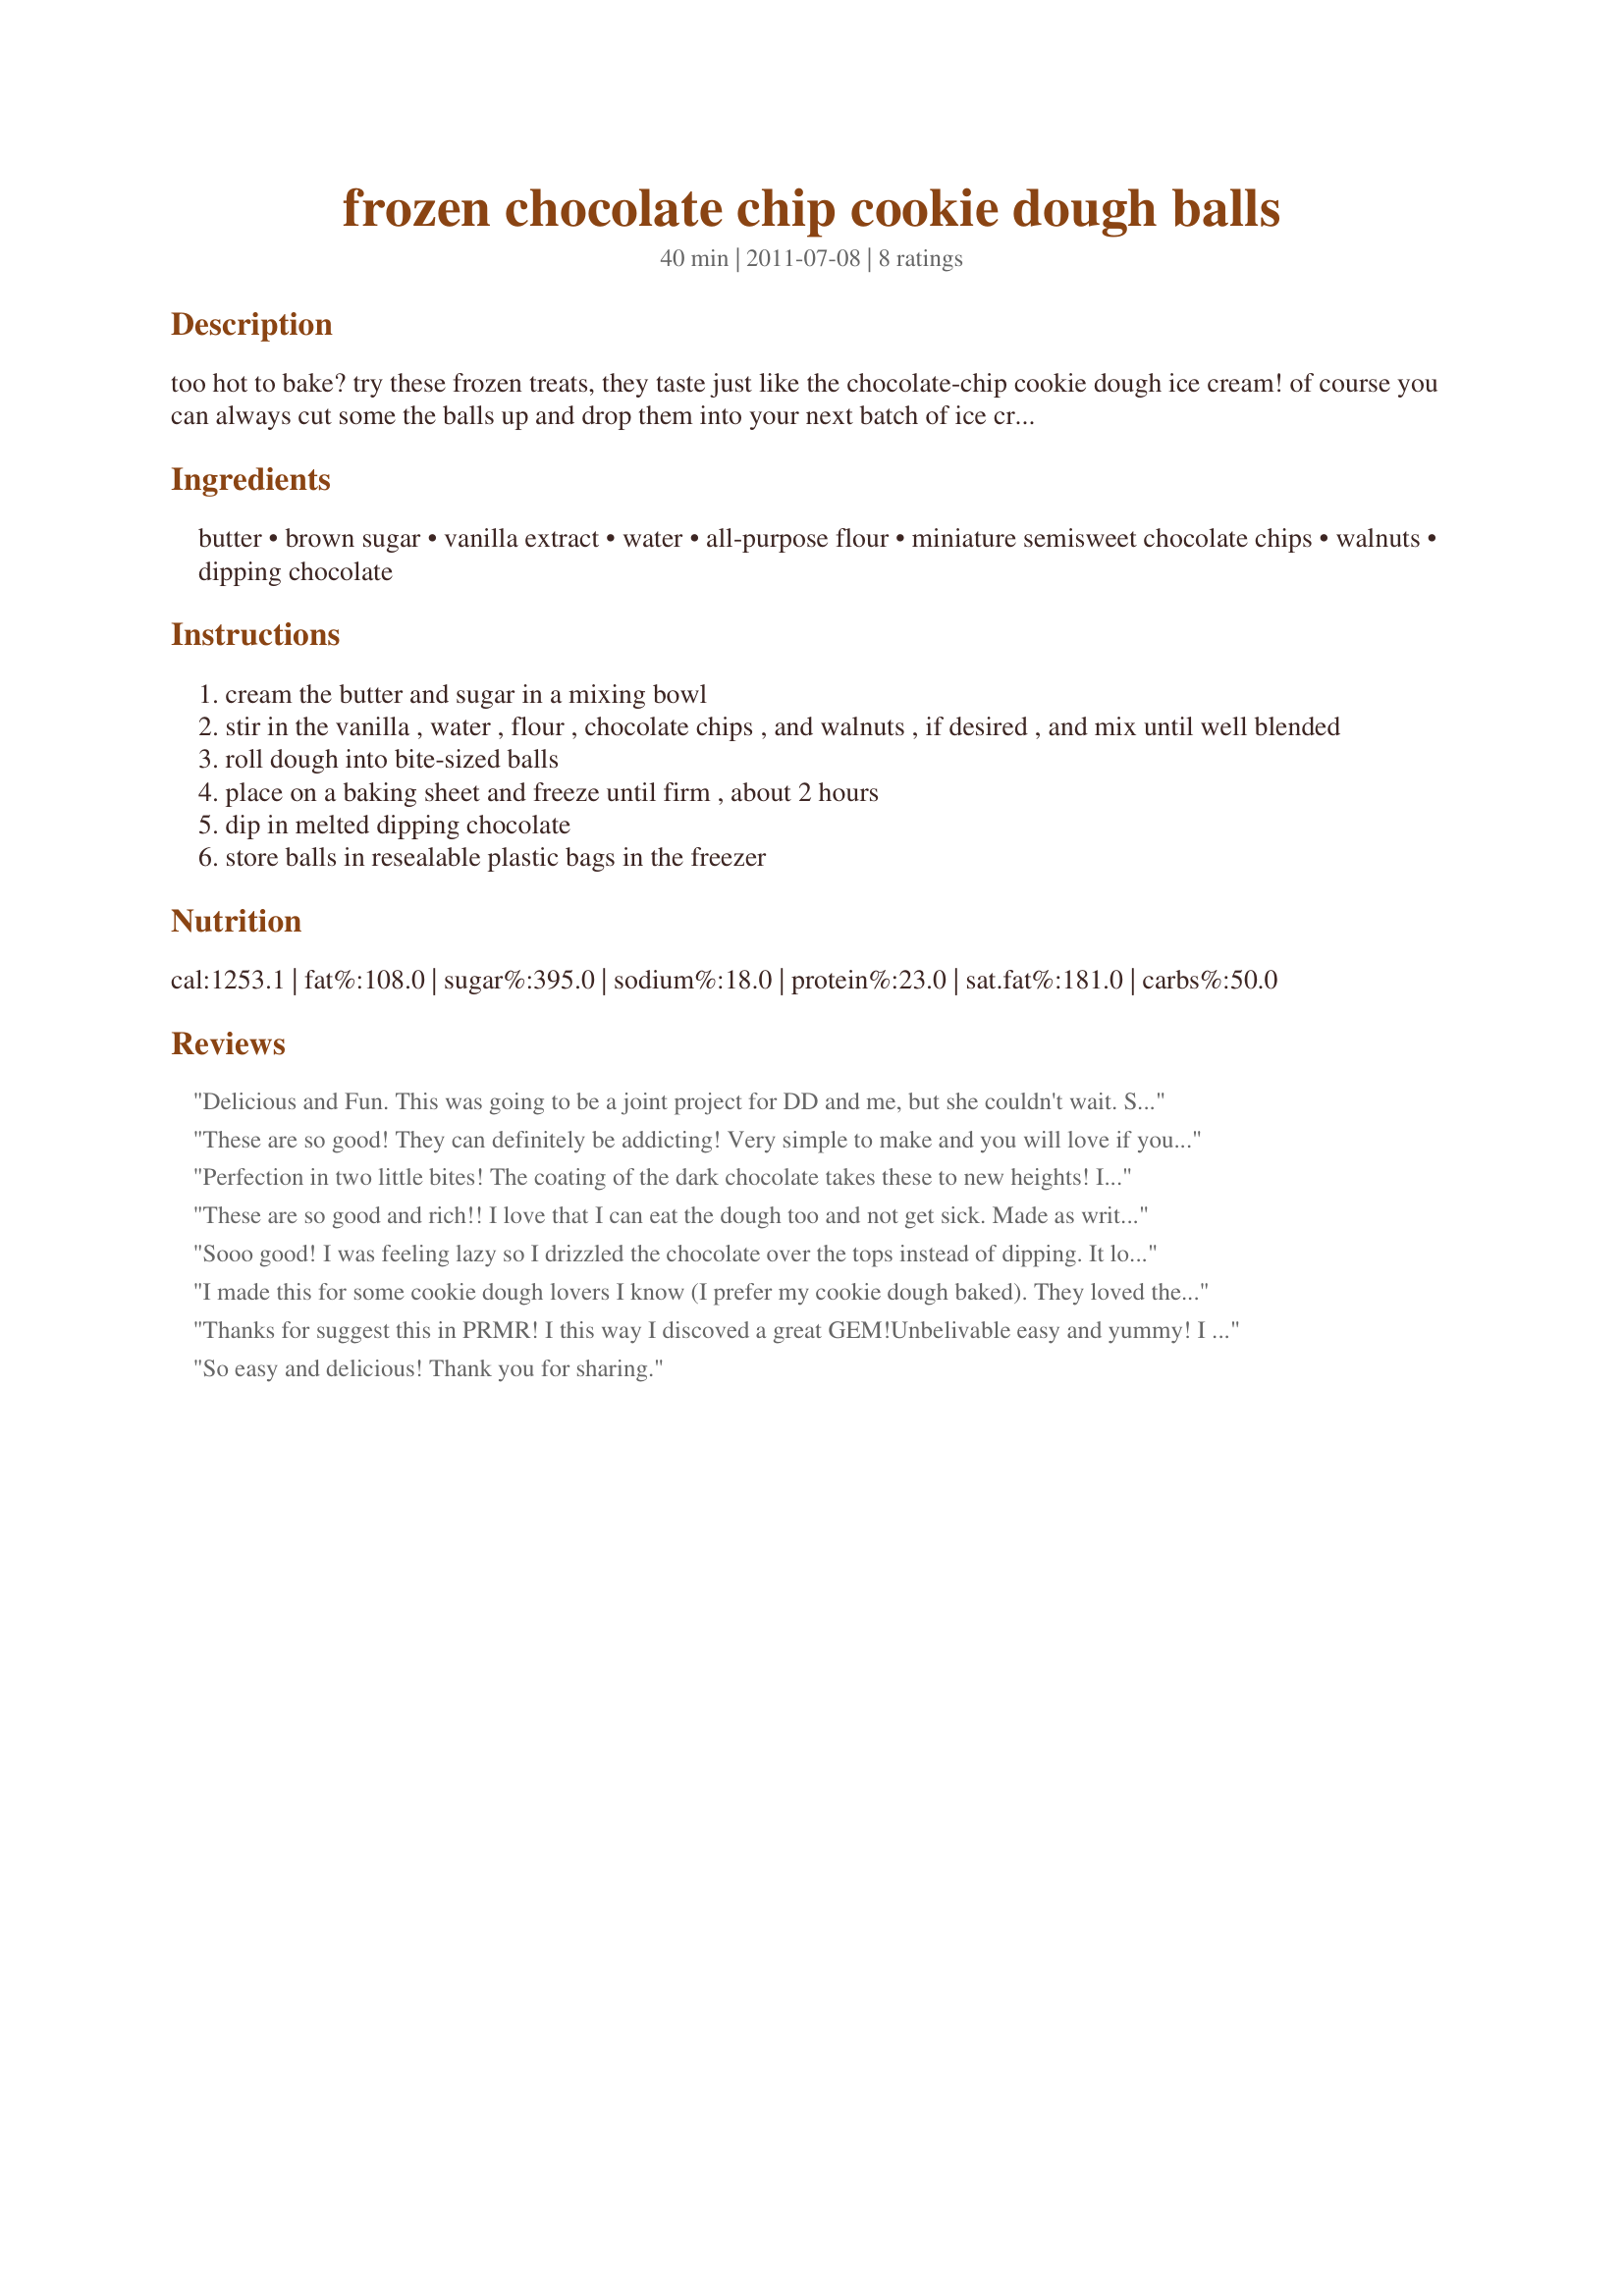
frozen chocolate chip cookie dough balls
Preparation time: 40 minutes

too hot to bake? try these frozen treats, they taste just like the chocolate-chip cookie dough ice cream! of course you can always cut some the balls up and drop them into your next batch of ice cream....double yum.

Ingredients:
butter, brown sugar, vanilla extract, water, all-purpose flour, miniature semisweet chocolate chips, walnuts, dipping chocolate

Steps:
cream the butter and sugar in a mixing bowl
stir in the vanilla , water , flour , chocolate chips , and walnuts , if desired , and mix until well blended
roll dough into bite-sized balls
place on a baking sheet and freeze until firm , about 2 hours
dip in melted dipping chocolate
store balls in resealable plastic bags in the freezer

Reviews:
Delicious and Fun. This was going to be a joint project for DD and me, but she couldn't wait. She was too excited to make these. Added sticks to make them cookie pops. Used a combination of milk and dark chocolate for dipping. After dipping in coating, dipped in mini chocolate chips. Made for PRMR.
These are so good! They can definitely be addicting! Very simple to make and you will love if you love cookie dough. Definitely will make this again.
Perfection in two little bites! The coating of the dark chocolate takes these to new heights! I used a small cookie scoop to make these and it worked perfectly. Wouldn't change one thing. Thanks for sharing this gem in Went to the Market Tag Game.
These are so good and rich!! I love that I can eat the dough too and not get sick. Made as written and used Valentine's sprinkles to decorate. I used my 1 1/2 in cookie scoop and got 33 dough balls. Will be making these again, will be a great summer (don't heat the house) treat. Made for 2011 Best of Cookbook Tag.
Sooo good! I was feeling lazy so I drizzled the chocolate over the tops instead of dipping. It looks very nice, but it falls off. I would recommend following the recipe! :) Made for PRMR tag game.
I made this for some cookie dough lovers I know (I prefer my cookie dough baked). They loved them! I was glad that there weren't any eggs in the recipe. The recipe made a LOT of treats and I used the smallest scoop I have. I'll make this for them again soon. Thank you for posting this recipe!
Thanks for suggest this in PRMR! I this way I discoved a great GEM!<br/>Unbelivable easy and yummy! <br/>I used walnuts and shaped these balls like small apples using an almond slice each.
So easy and delicious! Thank you for sharing.
